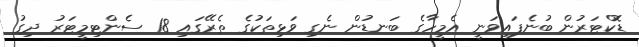
ޑޮކްޓަރުން ބުނެފައިވަނީ އެމީހާގެ ބަނޑުން ނެގި ވަޅިތަކުގެ ތެރޭގައި 18 ސެންޓިމީޓަރު ދިގު